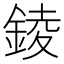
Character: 錂